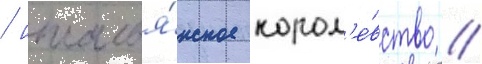
/ италья́нское корол'е́вство //